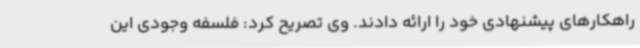
راهکارهای پیشنهادی خود را ارائه دادند. وی تصریح کرد: فلسفه وجودی این